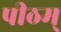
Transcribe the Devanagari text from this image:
पीठम्